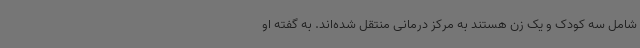
شامل سه کودک و یک زن هستند به مرکز درمانی منتقل شده‌اند. به گفته او